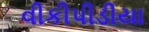
વીકીપીડીયા